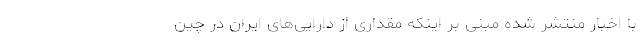
با اخبار منتشر شده مبنی بر اینکه مقداری از دارایی‌های ایران در چین